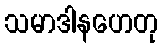
သမာဒါနဟေတု